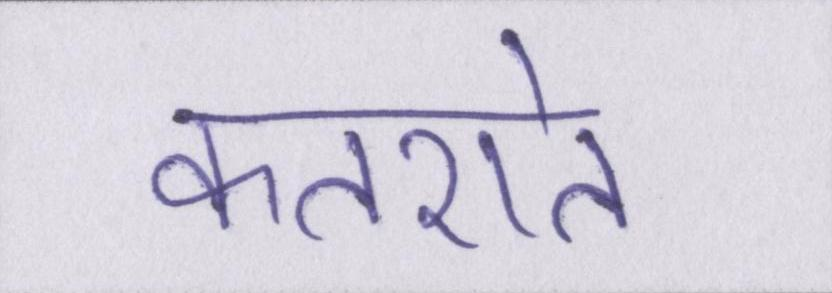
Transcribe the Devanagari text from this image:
कतराते